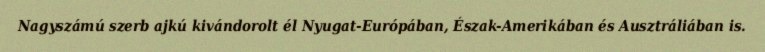
Nagyszámú szerb ajkú kivándorolt él Nyugat-Európában, Észak-Amerikában és Ausztráliában is.